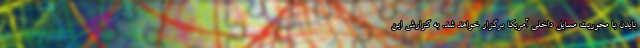
بایدن با محوریت مسایل داخلی آمریکا برگزار خواهد شد. به گزارش این